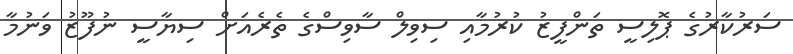
ސަރުކާރުގެ ޕޮލިސީ ތަންފީޒު ކުރުމާއި ސިވިލް ސާވިސްގެ ތެރެއަށް ސިޔާސީ ނުފޫޒު ވަނުމާ